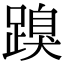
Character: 䠗